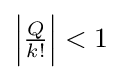
\left|{\tfrac {Q}{k!}}\right|<1